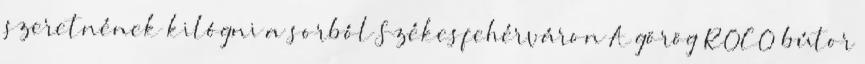
szeretnének kilógni a sorból Székesfehérváron A görög ROCO bútor